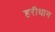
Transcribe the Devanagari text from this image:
हरीधाम